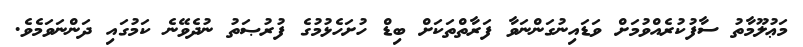
މަޢުލޫމާތު ސާފުކުރެއްވުމަށް ވަޑައިނުގަންނަވާ ފަރާތްތަކަށް ބިޑް ހުށަހެޅުމުގެ ފުރުޞަތު ނުދެވޭނެ ކަމުގައި ދަންނަވަމެވެ.